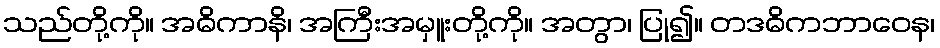
သည်တို့ကို။ အဓိကာနိ၊ အကြီးအမှူးတို့ကို။ အတွာ၊ ပြု၍။ တဒဓိကဘာဝေန၊